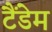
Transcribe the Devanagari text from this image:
टैंडेम